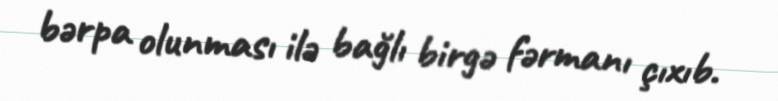
bərpa olunması ilə bağlı birgə fərmanı çıxıb.